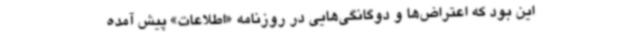
این بود که اعتراض‌ها و دوگانگی‌هایی در روزنامه «اطلاعات» پیش آمده